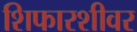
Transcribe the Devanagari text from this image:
शिफारशीवर